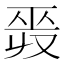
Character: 𢀣